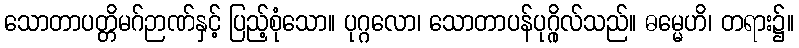
သောတာပတ္တိမဂ်ဉာဏ်နှင့် ပြည့်စုံသော။ ပုဂ္ဂလော၊ သောတာပန်ပုဂ္ဂိုလ်သည်။ ဓမ္မေဟိ၊ တရား၌။